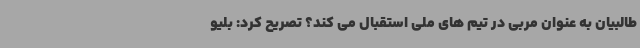
طالبیان به عنوان مربی در تیم های ملی استقبال می کند؟ تصریح کرد: بلیو